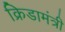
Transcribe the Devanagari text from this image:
क्रिडामंत्री